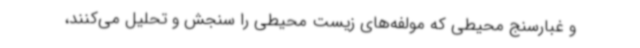
و غبارسنج محیطی که مولفه‌های زیست محیطی را سنجش و تحلیل می‌کنند،